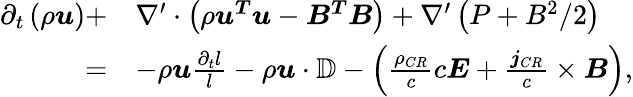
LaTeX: \begin{array}{rl}{\partial_{t}\left(\rho\boldsymbol{u}\right)+}&{\nabla^{\prime}\cdot\left(\rho\boldsymbol{u^{T}}\boldsymbol{u}-\boldsymbol{B^{T}}\boldsymbol{B}\right)+\nabla^{\prime}\left(P+B^{2}/2\right)}\\ {=}&{-\rho\boldsymbol{u}\frac{\partial_{t}l}{l}-\rho\boldsymbol{u}\cdot\mathbb{D}-\left(\frac{\rho_{CR}}{c}c\boldsymbol{E}+\frac{\boldsymbol{j}_{CR}}{c}\times\boldsymbol{B}\right),}\end{array}